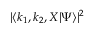
| \langle k _ { 1 } , k _ { 2 } , X | \Psi \rangle | ^ { 2 }